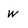
Character: w